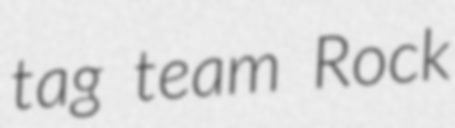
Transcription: tag team Rock